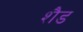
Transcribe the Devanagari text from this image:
शैड